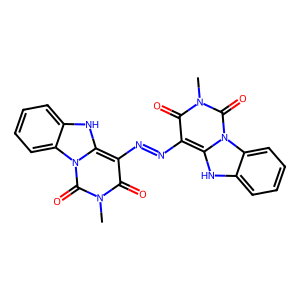
SMILES: Cn1c(=O)c(N=Nc2c(=O)n(C)c(=O)n3c2[nH]c2ccccc23)c2[nH]c3ccccc3n2c1=O
Inhibits HIV replication: No